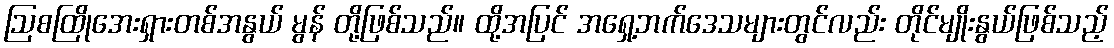
ဩစထြိုအေးရှားတစ်အနွယ် မွန် တို့ဖြစ်သည်။ ထို့အပြင် အရှေ့ဘက်ဒေသများတွင်လည်း တိုင်မျိုးနွယ်ဖြစ်သည့်